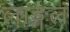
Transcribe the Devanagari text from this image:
लाङ्गलं